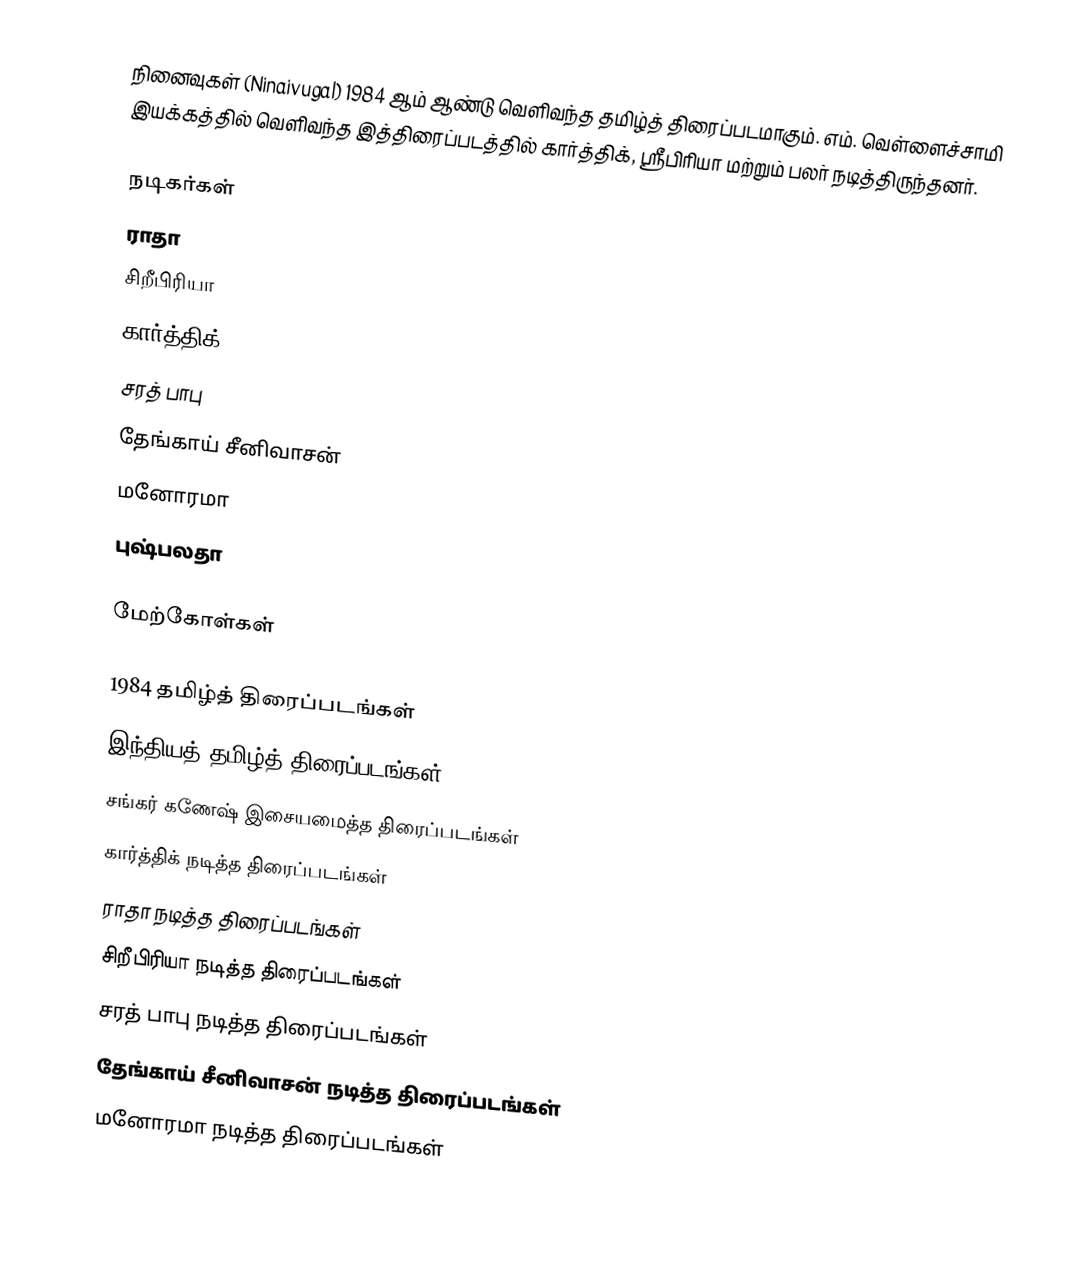
நினைவுகள் (Ninaivugal) 1984 ஆம் ஆண்டு வெளிவந்த தமிழ்த் திரைப்படமாகும். எம். வெள்ளைச்சாமி இயக்கத்தில் வெளிவந்த இத்திரைப்படத்தில் கார்த்திக், ஸ்ரீபிரியா மற்றும் பலர் நடித்திருந்தனர்.

நடிகர்கள்
 ராதா
 சிறீபிரியா
 கார்த்திக்
 சரத் பாபு
 தேங்காய் சீனிவாசன்
 மனோரமா
 புஷ்பலதா

மேற்கோள்கள்

1984 தமிழ்த் திரைப்படங்கள்
இந்தியத் தமிழ்த் திரைப்படங்கள்
சங்கர் கணேஷ் இசையமைத்த திரைப்படங்கள்
கார்த்திக் நடித்த திரைப்படங்கள்
ராதா நடித்த திரைப்படங்கள்
சிறீபிரியா நடித்த திரைப்படங்கள்
சரத் பாபு நடித்த திரைப்படங்கள்
தேங்காய் சீனிவாசன் நடித்த திரைப்படங்கள்
மனோரமா நடித்த திரைப்படங்கள்